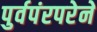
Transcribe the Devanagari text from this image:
पुर्वपंरपरेने